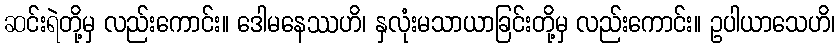
ဆင်းရဲတို့မှ လည်းကောင်း။ ဒေါမနေဿဟိ၊ နှလုံးမသာယာခြင်းတို့မှ လည်းကောင်း။ ဥပါယာသေဟိ၊